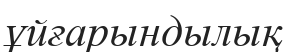
ұйғарындылық